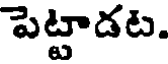
పెట్టాడట.